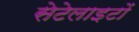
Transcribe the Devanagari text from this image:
सेटेलाइटों